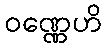
ဝဏ္ဏေဟိ